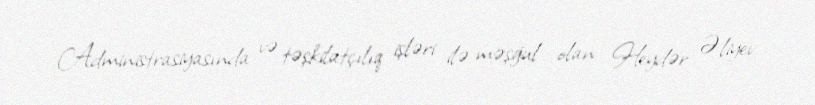
Administrasiyasında və təşkilatçılıq işləri ilə məşğul olan Heydər Əliyev